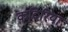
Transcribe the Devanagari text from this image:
कदिरिया